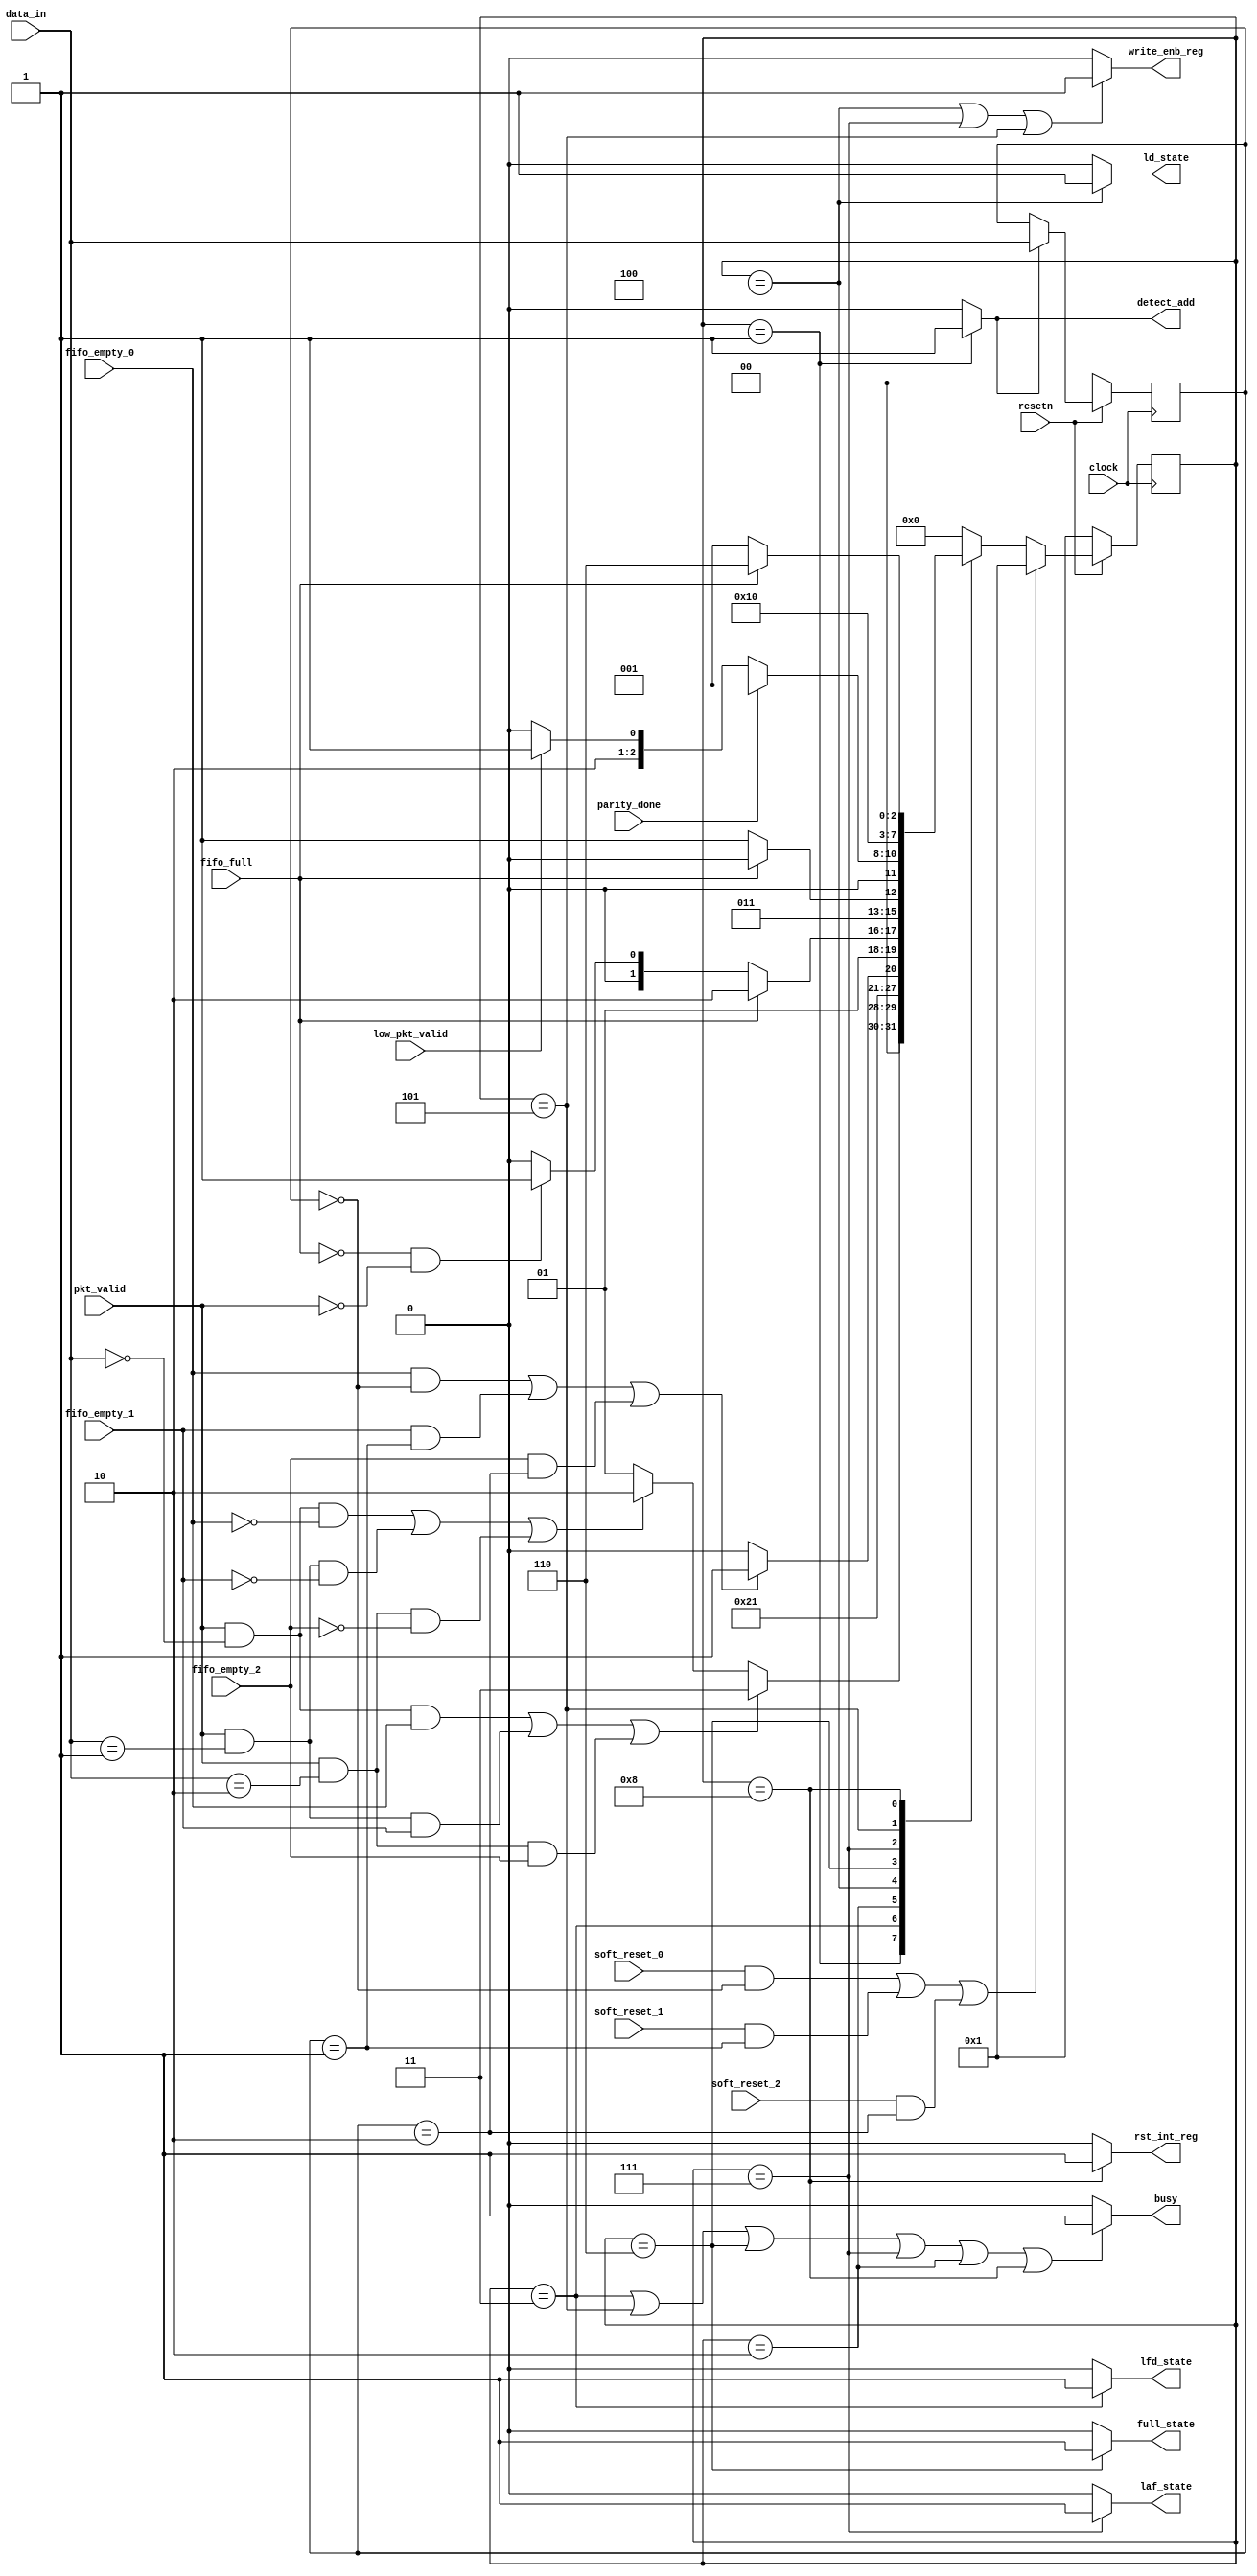
module router_fsm(clock,resetn,pkt_valid,parity_done,soft_reset_0,soft_reset_1,soft_reset_2,fifo_full,low_pkt_valid
                  ,fifo_empty_0,fifo_empty_1,fifo_empty_2,data_in,
               busy,detect_add,ld_state,laf_state,full_state,write_enb_reg,rst_int_reg,lfd_state);

input clock,resetn,pkt_valid,parity_done,soft_reset_0,soft_reset_1,soft_reset_2,fifo_full,low_pkt_valid,fifo_empty_0,fifo_empty_1,fifo_empty_2;
input [1:0]data_in;
output busy,detect_add,ld_state,laf_state,full_state,write_enb_reg,rst_int_reg,lfd_state;

 parameter  DECODE_ADDRESS   =	4'b0001,
			WAIT_TILL_EMPTY = 4'b0010,
			LOAD_FIRST_DATA	= 4'b0011,
			LOAD_DATA = 4'b0100,
			LOAD_PARITY = 4'b0101,
			FIFO_FULL_STATE	= 4'b0110,
			LOAD_AFTER_FULL	 = 4'b0111,
			CHECK_PARITY_ERROR = 4'b1000;
reg [3:0]state,next_state;
 reg [1:0]addr;

// PRESENT STATE LOGIC
always@(posedge clock) begin
  if(!resetn)
       addr <= 2'd0;
    else if(detect_add)
       addr <= data_in;
  end


always @(posedge clock) begin
  if(!resetn)
      state <= DECODE_ADDRESS;
  else if(((soft_reset_0) && ( addr == 2'd0)) || ((soft_reset_1) && (addr == 2'd1)) || ((soft_reset_2) && ( addr == 2'd2)))
       state <= DECODE_ADDRESS;
  else
      state <= next_state;
end

//NEXT_STATE_LOGIC
always@(*) begin
  next_state = 4'b0;
  case(state)
      DECODE_ADDRESS: 
          begin
           if((pkt_valid && data_in[1:0] == 2'd0 && fifo_empty_0) || 
               (pkt_valid && (data_in[1:0] == 2'd1) && fifo_empty_1 ) ||
                (pkt_valid && (data_in[1:0] == 2'd2) && fifo_empty_2))
                    next_state = LOAD_FIRST_DATA;
           else if((pkt_valid && (data_in[1:0] == 2'd0) && !fifo_empty_0) ||
                    (pkt_valid && (data_in[1:0] == 2'd1) && !fifo_empty_1) ||
                     (pkt_valid && (data_in[1:0] == 2'd2) && !fifo_empty_2))
                     next_state = WAIT_TILL_EMPTY;
            else
                next_state = DECODE_ADDRESS;
          end

     LOAD_FIRST_DATA : next_state = LOAD_DATA;
  
     WAIT_TILL_EMPTY : begin
         if((fifo_empty_0 && (addr == 2'd0)) ||
              (fifo_empty_1 && (addr == 2'd1)) ||
                (fifo_empty_2 && (addr == 2'd2))) 
                        next_state = LOAD_FIRST_DATA;
         else
                next_state  = WAIT_TILL_EMPTY;
         end

    LOAD_DATA : begin
       if(fifo_full)
           next_state = FIFO_FULL_STATE;
       else if(!fifo_full && !pkt_valid)
            next_state = LOAD_PARITY;
       else
            next_state = LOAD_DATA;
      end

   FIFO_FULL_STATE: begin
       if(fifo_full)
          next_state = FIFO_FULL_STATE;
      else 
          next_state = LOAD_AFTER_FULL;
    end
   
   LOAD_AFTER_FULL:begin
     if(parity_done)
         next_state = DECODE_ADDRESS;
     else begin
        if(low_pkt_valid)
            next_state = LOAD_PARITY;
        else
            next_state = LOAD_DATA;
           end
    end
  
    LOAD_PARITY: next_state = CHECK_PARITY_ERROR;
    
    CHECK_PARITY_ERROR:
             if(fifo_full)
                      next_state = FIFO_FULL_STATE;
             else 
                      next_state = DECODE_ADDRESS;
     
  endcase
end

//OUTPUT LOGIC
assign detect_add = (state==DECODE_ADDRESS)?1:0;
assign lfd_state = (state == LOAD_FIRST_DATA)?1:0;
assign busy = ((state==LOAD_FIRST_DATA)||(state==LOAD_PARITY)||(state==FIFO_FULL_STATE)||(state==LOAD_AFTER_FULL)||(state==WAIT_TILL_EMPTY)||(state==CHECK_PARITY_ERROR))?1:0;
assign ld_state = (state  == LOAD_DATA)?1:0;
assign write_enb_reg = ((state==LOAD_DATA)||(state==LOAD_AFTER_FULL)||(state==LOAD_PARITY))?1:0;
assign laf_state = (state == LOAD_AFTER_FULL)?1:0;
assign full_state = (state == FIFO_FULL_STATE)?1:0;
assign rst_int_reg = (state == CHECK_PARITY_ERROR)?1:0;


endmodule